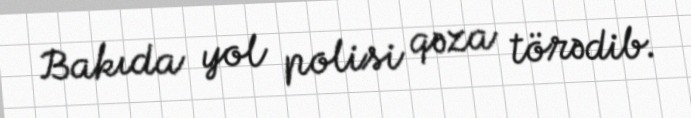
Bakıda yol polisi qəza törədib.